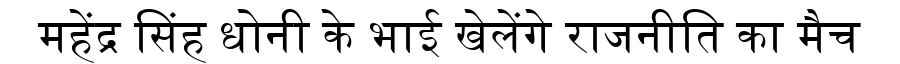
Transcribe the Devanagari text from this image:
महेंद्र सिंह धोनी के भाई खेलेंगे राजनीति का मैच